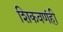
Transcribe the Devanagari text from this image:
शिकवणंही